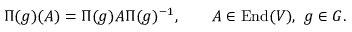
\Pi ( g ) ( A ) = \Pi ( g ) A \Pi ( g ) ^ { - 1 } , \qquad A \in \operatorname { E n d } ( V ) , \ g \in G .